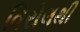
વિરોલથી